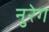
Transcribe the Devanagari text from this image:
नुरेग